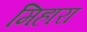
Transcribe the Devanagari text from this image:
मिहारा